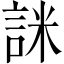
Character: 詸